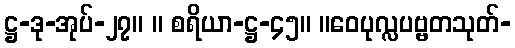
ဋ္ဌ-ဒု-အုပ်-၂၇။ ။ စရိယာ-ဋ္ဌ-၄၅။ ။ဝေပုလ္လပဗ္ဗတသုတ်-